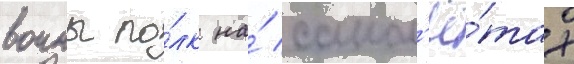
воины по́лк на́ самол'ё́тах